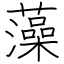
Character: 藻